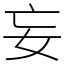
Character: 妄